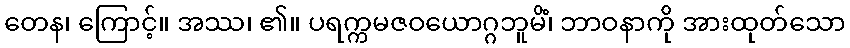
တေန၊ ကြောင့်။ အဿ၊ ၏။ ပရက္ကမဇဝယောဂ္ဂဘူမိံ၊ ဘာဝနာကို အားထုတ်သော